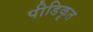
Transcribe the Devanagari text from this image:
पीडिकृत